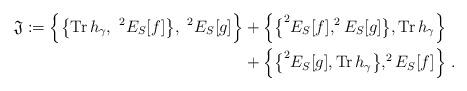
LaTeX: \begin{align*} \mathfrak{J} := \Big\{ \big\{ \mathrm{Tr} \,h_{\gamma}, \ ^2E_S[f] \big\}, \ ^2E_S[g]\Big\}&+\Big\{ \big\{^2E_S[f], ^2E_S[g] \big\}, \mathrm{Tr} \, h_{\gamma} \Big\} \\ &+ \Big\{ \big\{^2E_S[g],\mathrm{Tr} \, h_{\gamma} \big\}, ^2E_S[f] \Big\} \ .\end{align*}